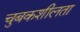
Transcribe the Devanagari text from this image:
चुबकशीलता